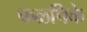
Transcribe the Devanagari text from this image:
फळपिके